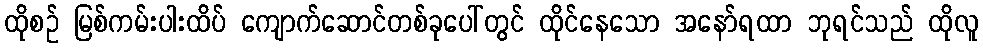
ထိုစဉ် မြစ်ကမ်းပါးထိပ် ကျောက်ဆောင်တစ်ခုပေါ်တွင် ထိုင်နေသော အနော်ရထာ ဘုရင်သည် ထိုလူ